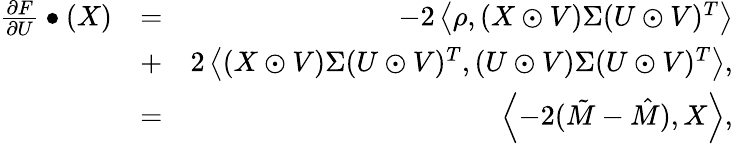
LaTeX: \begin{array}{rlr}{\frac{\partial F}{\partial U}\bullet(X)}&{=}&{-2\left<\rho,(X\odot V)\Sigma(U\odot V)^{T}\right>}\\ &{+}&{2\left<(X\odot V)\Sigma(U\odot V)^{T},(U\odot V)\Sigma(U\odot V)^{T}\right>,}\\ &{=}&{\left<-2(\tilde{M}-\hat{M}),X\right>,}\end{array}